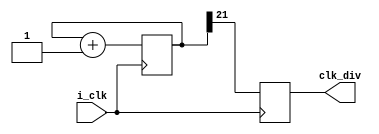
`timescale 1ns / 1ps

module clkDiv(i_clk,clk_div);
	input i_clk;
	output reg clk_div;
	reg [21:0] cnt; //22bits
	
	initial begin
        // Reset condition
         cnt <= 0;
         clk_div <= 0;
     end
     
    always @(posedge i_clk) begin
            // Increment the counter on each clock cycle
            cnt <= cnt + 1;
            // Output the MSB of the counter as the divided clock
            // Modify the counter width and the MSB index as per your desired division ratio
            //50MHz to 2Hz
            clk_div <= cnt[21];
    end
endmodule